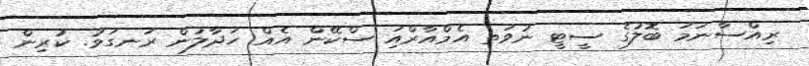
ރިއްސާނަމަ ބޮލުގެ ސީޓީ ނުވަތ އެމްއާރްއަި ސްކޭން އެއް ހަދާލުން ރަނގަޅު. ކުރިން